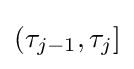
(\tau _{j-1},\tau _{j}]